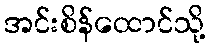
အင်းစိန်ထောင်သို့